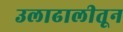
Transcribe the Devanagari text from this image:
उलाढालीतून